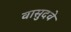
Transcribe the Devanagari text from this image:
वासुदवे